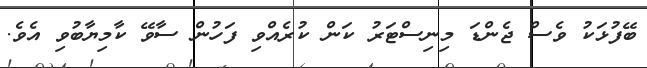
ބޭފުޅަކު ވެސް ޖެންޑަ މިނިސްޓަރު ކަން ކުރެއްވި ފަހުން ސާވޭ ކާމިޔާބުވި އެވެ.